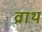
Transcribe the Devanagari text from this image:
व्राथ